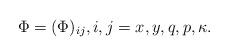
LaTeX: \begin{align*} \Phi=(\Phi)_{ij},i,j=x,y,q,p,\kappa. \end{align*}